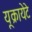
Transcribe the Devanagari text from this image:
यूक्रायेटे